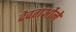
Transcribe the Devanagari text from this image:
देवताओंने